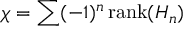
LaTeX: \chi = \sum ( - 1 ) ^ { n } \, \mathrm { r a n k } ( H _ { n } )